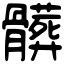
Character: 髒